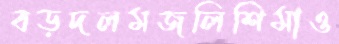
বড়দলমজলিশিমাও